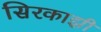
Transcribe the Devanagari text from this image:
सिरकाझी